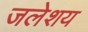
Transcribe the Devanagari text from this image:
जलेशय